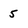
Character: 5